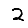
Digit: 2